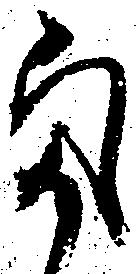
気